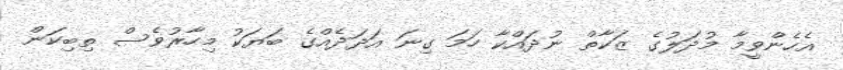
އެހެންވީމާ މުދަލުގެ ޒަކާތް ނުދައްކާ ހަމަ ގިނަ އަދަދެއްގެ ބަޔަކު މިހާރުވެސް ތިބިކަން